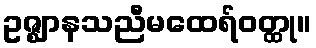
ဥဇ္ဈာနသညီမထေရ်ဝတ္ထု။